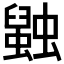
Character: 𲀋